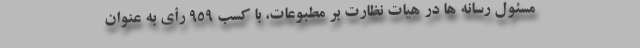
مسئول رسانه ها در هیات نظارت بر مطبوعات، با کسب ۹۵۹ رأی به عنوان